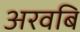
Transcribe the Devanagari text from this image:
अरवबि